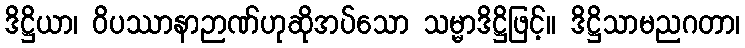
ဒိဋ္ဌိယာ၊ ဝိပဿာနာဉာဏ်ဟုဆိုအပ်သော သမ္မာဒိဋ္ဌိဖြင့်။ ဒိဋ္ဌိသာမညဂတာ၊